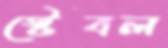
স্টেবল